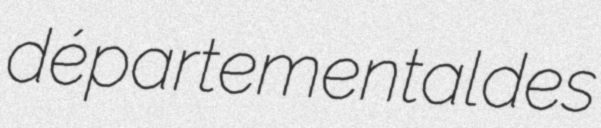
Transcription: départemental des